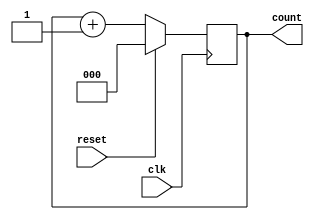
module up_counter #(
    parameter N = 3 // Number of bits for the counter
) (
    input wire clk,          // Clock input
    input wire reset,        // Synchronous reset
    output reg [N-1:0] count // Current count output
);

    // State transition on the rising edge of the clock
    always @(posedge clk) begin
        if (reset) begin
            count <= 0; // Reset the counter to 0
        end else begin
            count <= count + 1; // Increment the counter
        end
    end

endmodule